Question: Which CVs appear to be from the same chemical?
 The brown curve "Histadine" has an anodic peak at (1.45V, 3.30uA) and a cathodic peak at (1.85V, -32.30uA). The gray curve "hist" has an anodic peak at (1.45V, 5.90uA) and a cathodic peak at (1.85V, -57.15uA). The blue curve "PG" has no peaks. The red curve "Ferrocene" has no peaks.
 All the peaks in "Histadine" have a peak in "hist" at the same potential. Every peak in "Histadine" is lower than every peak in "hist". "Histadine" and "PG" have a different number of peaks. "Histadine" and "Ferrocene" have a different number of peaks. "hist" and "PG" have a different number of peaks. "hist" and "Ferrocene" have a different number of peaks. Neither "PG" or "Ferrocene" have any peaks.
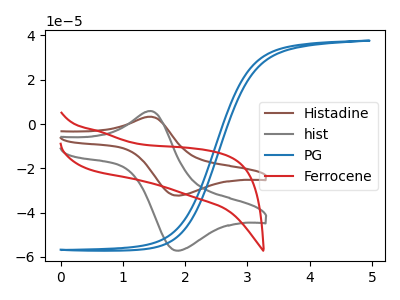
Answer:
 <answer>"hist" and "Histadine" have the same shape and are likely CV's of the same chemical.</answer>
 <eval>"hist" "Histadine"</eval>